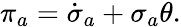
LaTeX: \pi_{a}=\dot{\sigma}_{a}+\sigma_{a}\theta.